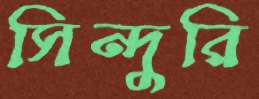
সিন্দুরি